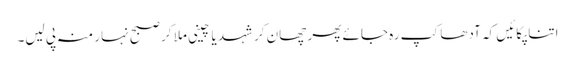
اتنا پکائیں کہ آدھا کپ رہ جائے پھر چھان کر شہد یا چینی ملا کر صبح نہار منہ پی لیں۔